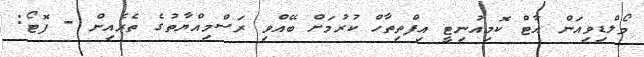
މޯލްޑިވިއަން އާޓް ކޮމިއުނިޓީ އިފްތިތާހް ކުރުމަށް ބޭއްވި ރަސްމިއްޔާތުގެ ތެރެއިން - ފޮޓޯ: